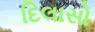
દિલાસો